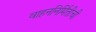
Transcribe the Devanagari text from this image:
वाहननिर्मितीची